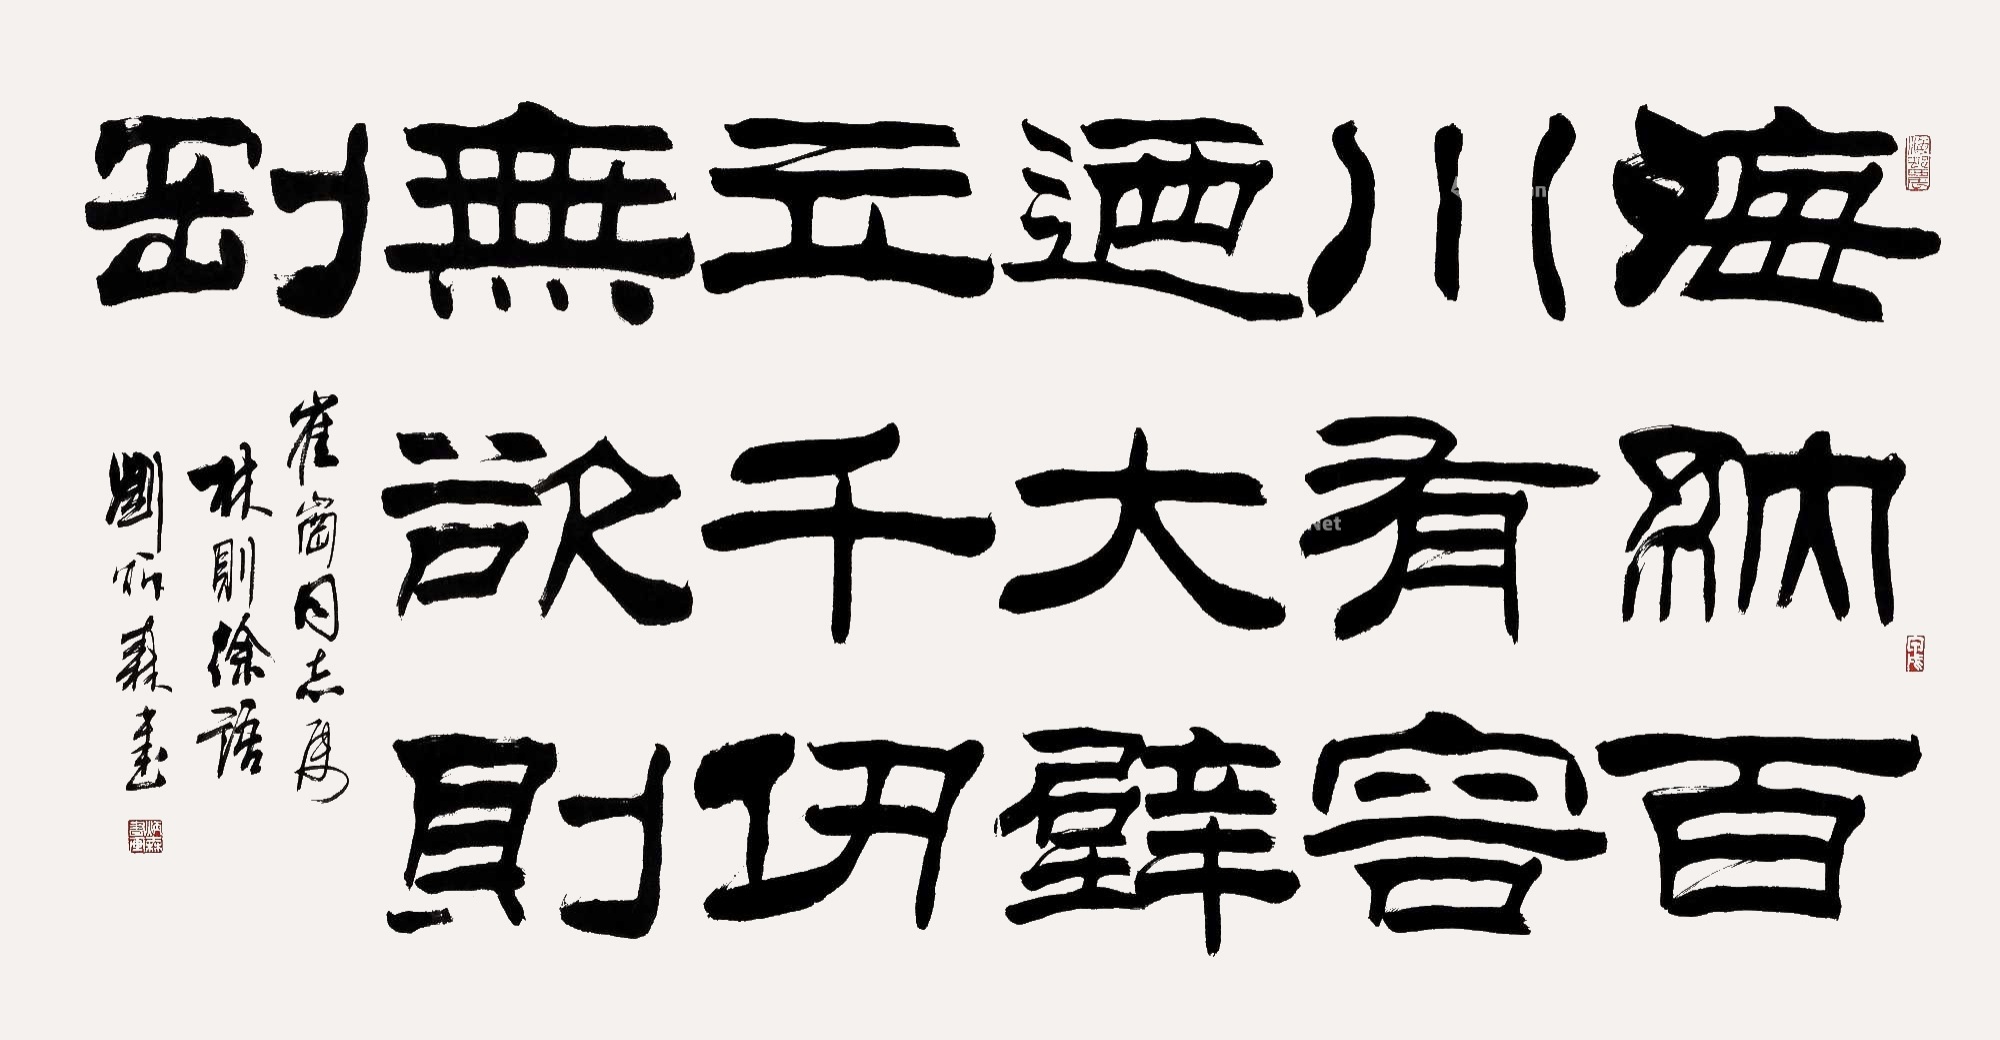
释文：海纳百川有容乃大，壁立千仞无欲则刚。崔岗同志属林则徐语，刘炳森书。